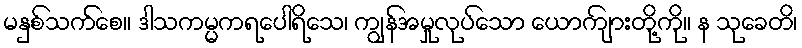
မနှစ်သက်စေ။ ဒါသကမ္မကရပေါရိသေ၊ ကျွန်အမှုလုပ်သော ယောကျ်ားတို့ကို။ န သုခေတိ၊